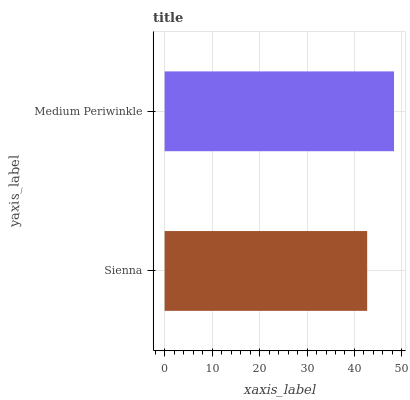
| yaxis_label | bars |
 | --- | --- |
 | Sienna | 42.7 |
 | Medium Periwinkle | 48.3 |